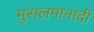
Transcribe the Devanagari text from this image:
मुसलमानादी